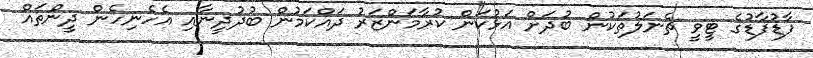
ފާޑުފާޑުގެ ޓީވީ ޗެނަލުތަކުން ބުދަށް އަޅުކަން ކުރާމަންޒަރު ދައްކަމުން ބުދުދީނާއި އެހެނިހެން ދީންތައް